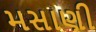
મસાણી